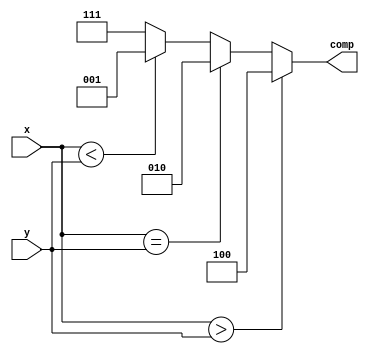
module n_bit_comparator(comp,x,y);

parameter N=4;

input [N-1:0] x,y;
output reg [2:0] comp;

initial
	comp = 3'b0;

always @ (x or y)
	if (x>y) comp = 3'b100;
	else if (x == y) comp = 3'b010;
	else if (x<y) comp = 3'b001;
	else comp = 3'b111;
endmodule

`timescale 1ns/1ps
module fourbitcomp_tb;
reg [3:0] x;
reg [3:0] y;
wire [2:0] comp;
initial begin
x=4'b0; y=4'b0;
#10;
x=4'b1111; y=4'b0;
#10;
x=4'b0; y=4'b1111;
#10;
x=4'b1111;
#10;
end
n_bit_comparator UUT(.comp(comp),.x(x),.y(y));
endmodule